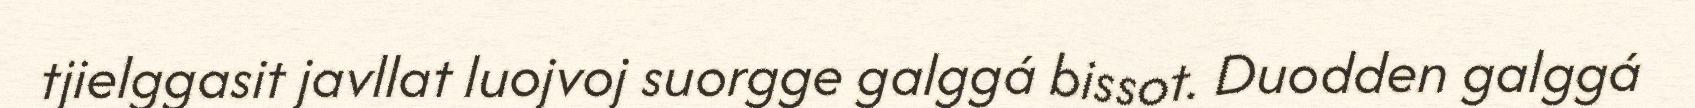
tjielggasit javllat luojvoj suorgge galggá bissot. Duodden galggá